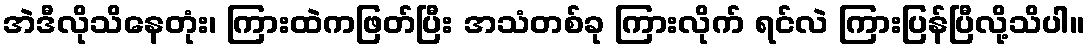
အဲဒီလိုသိနေတုံး၊ ကြားထဲကဖြတ်ပြီး အသံတစ်ခု ကြားလိုက် ရင်လဲ ကြားပြန်ပြီလို့သိပါ။